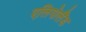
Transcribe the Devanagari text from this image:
एलिगोलैंड